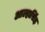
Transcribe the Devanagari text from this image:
आल्हासिंह